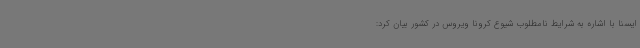
ایسنا با اشاره به شرایط نامطلوب شیوع کرونا ویروس در کشور بیان کرد: